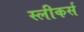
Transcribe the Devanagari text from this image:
स्लीकर्स